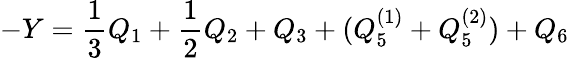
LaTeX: -Y=\frac{1}{3}Q_{1}+\frac{1}{2}Q_{2}+Q_{3}+(Q_{5}^{(1)}+Q_{5}^{(2)})+Q_{6}